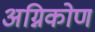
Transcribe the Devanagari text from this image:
अग्निकोण